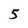
Character: 5